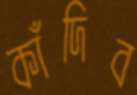
কাঁদিব